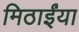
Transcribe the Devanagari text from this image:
मिठाईंया